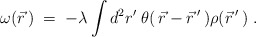
\begin{align*}\omega ( \vec r \, ) \; = \; - \lambda \int d^2 r' \; \theta( \, \vec r - \vec r \, ' \, ) \rho ( \vec r \, ' \, ) \; . \end{align*}